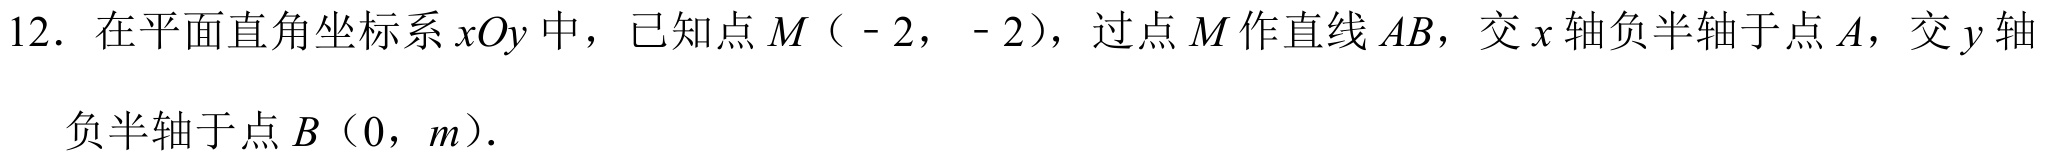
12. 在平面直角坐标系 \(xOy\) 中，已知点 \(M\)（\(-2\)，\(-2\)），过点 \(M\) 作直线 \(AB\)，交 \(x\) 轴负半轴于点 \(A\)，交 \(y\) 轴
负半轴于点 \(B\)（\(0\)，\(m\)）.